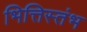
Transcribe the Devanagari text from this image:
भित्तिस्तंभ